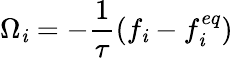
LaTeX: \Omega_{\mathit{i}}=-\frac{{1}}{{\tau}}(f_{\mathit{i}}-f_{\mathit{i}}^{eq})